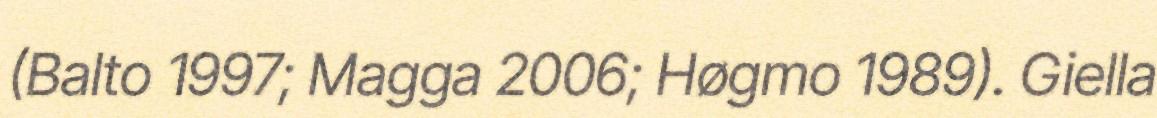
(Balto 1997; Magga 2006; Høgmo 1989). Giella